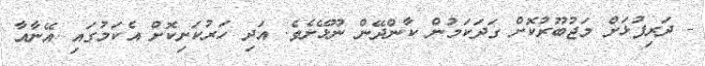
- ދަރިފުޅަށް މަޖުބޫރުކޮށް ގަދަކަމުން ކާންދޭން ނޫޅޭށެވެ. އަދި ހަރުކަށިކޮށް އެކަމުގައި އޭނާއާ